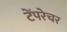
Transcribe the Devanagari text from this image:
टेंपरेचर